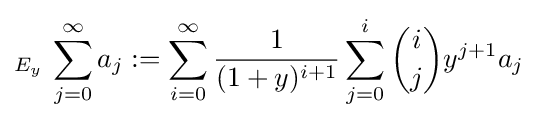
_{E_{y}}\,\sum _{j=0}^{\infty }a_{j}:=\sum _{i=0}^{\infty }{\frac {1}{(1+y)^{i+1}}}\sum _{j=0}^{i}{\binom {i}{j}}y^{j+1}a_{j}